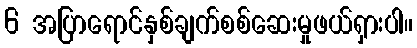
6 အပြာရောင်နှစ်ချက်စစ်ဆေးမှုဖယ်ရှားပါ။